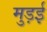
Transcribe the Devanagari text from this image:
मुड़ई